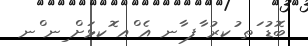
ބޮޑު ަތ ުކރު ާފ ާނ އެ ްއ ޮކޅަށް ިނ ްނ